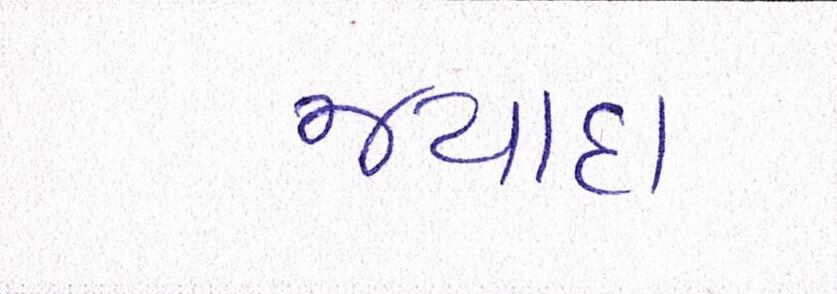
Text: જ્યાદા